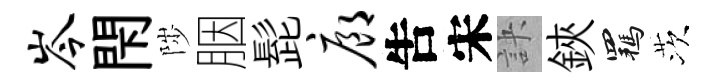
岑閇陟胭髭廊吿宋訣鋏羈茨